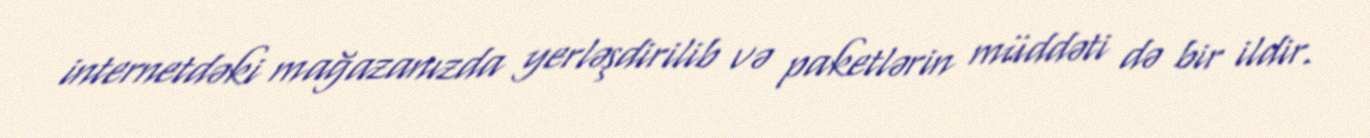
internetdəki mağazanızda yerləşdirilib və paketlərin müddəti də bir ildir.